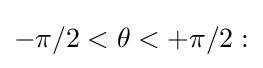
-\pi /2<\theta <+\pi /2: